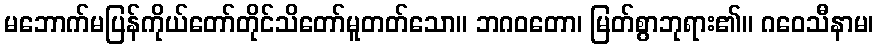
မဘောက်မပြန်ကိုယ်တော်တိုင်သိတော်မူတတ်သော။ ဘဂဝတော၊ မြတ်စွာဘုရား၏။ ဂဝေသီနာမ၊